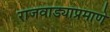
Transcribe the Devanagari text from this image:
राजवाड्याप्रमाणे